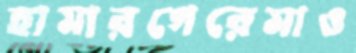
হামারগেরেমাও